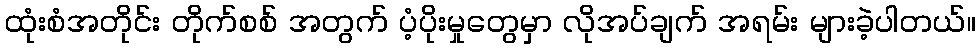
ထုံးစံအတိုင်း တိုက်စစ် အတွက် ပံ့ပိုးမှုတွေမှာ လိုအပ်ချက် အရမ်း များခဲ့ပါတယ်။